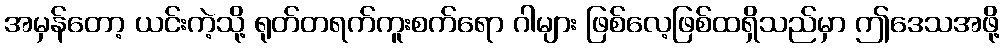
အမှန်တော့ ယင်းကဲ့သို့ ရုတ်တရက်ကူးစက်ရော ဂါများ ဖြစ်လေ့ဖြစ်ထရှိသည်မှာ ဤဒေသအဖို့